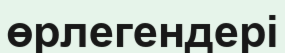
өрлегендері